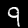
Digit: 9